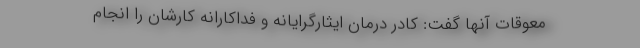
معوقات آنها گفت: کادر درمان ایثارگرایانه و فداکارانه کارشان را انجام